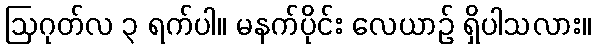
ဩဂုတ်လ ၃ ရက်ပါ။ မနက်ပိုင်း လေယာဉ် ရှိပါသလား။